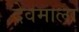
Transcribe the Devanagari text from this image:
देवमाला